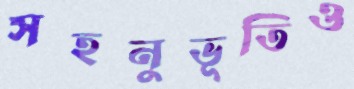
সহনুভূতিও